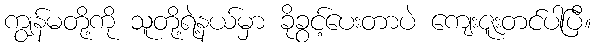
ကျွန်မတို့ကို သူတို့ရဲ့နယ်မှာ ခိုခွင့်ပေးတာပဲ ကျေးဇူးတင်ပါပြီ။